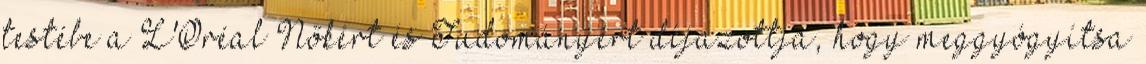
testébe a L'Oréal Nőkért és Tudományért díjazottja, hogy meggyógyítsa